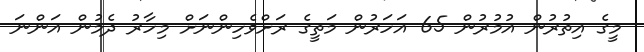
މީގެ އިތުރުން އުމުރުން 65 އަހަރުން މަތީގެ ރަށްވެހިންނަށް މިހާރު ދެމުން އަންނަ